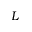
L